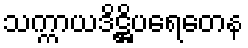
သက္ကာယဒိဋ္ဌိပရေတေန